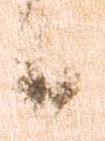
候